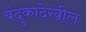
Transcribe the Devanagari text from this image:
बंदुकादेखील